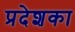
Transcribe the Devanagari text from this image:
प्रदेशका